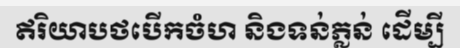
ឥរិយាបថបើកចំហ និងទន់ភ្លន់ ដើម្បី